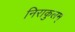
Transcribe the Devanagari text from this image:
निराकुलम्